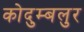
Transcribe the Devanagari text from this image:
कोदुम्बलुर